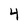
Character: 4